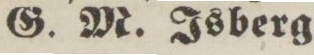
G. M. Isberg